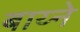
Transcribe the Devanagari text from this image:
बाय्ने